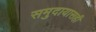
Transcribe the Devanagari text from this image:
समुदायासही